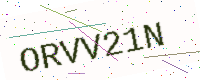
Text: ORVV21N